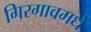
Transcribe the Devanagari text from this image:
गिरगावमधे